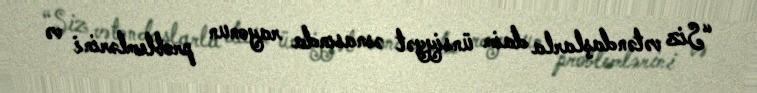
“Siz vətəndaşlarla daim ünsiyyət əsnasında rayonun problemlərini və